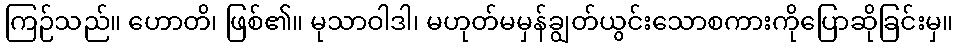
ကြဉ်သည်။ ဟောတိ၊ ဖြစ်၏။ မုသာဝါဒါ၊ မဟုတ်မမှန်ချွတ်ယွင်းသောစကားကိုပြောဆိုခြင်းမှ။